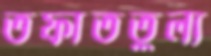
তফাততুল্য